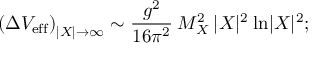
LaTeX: \left( \Delta V _ { \mathrm { e f f } } \right) _ { | X | \rightarrow \infty } \sim { \frac { g ^ { 2 } } { 1 6 \pi ^ { 2 } } } \: M _ { X } ^ { 2 } \: | X | ^ { 2 } \: \mathrm { l n } | X | ^ { 2 } ;